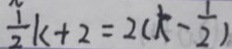
\frac { 1 } { 2 } k + 2 = 2 ( k - \frac { 1 } { 2 } )